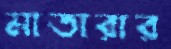
মাতারার